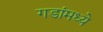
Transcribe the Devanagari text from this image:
गडांमध्ये